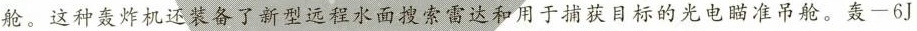
舱。这种轰炸机还装备了新型远程水面搜索雷达和用于捕获目标的光电瞄准吊舱。轰一6J